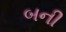
બની